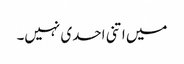
میں اتنی احدی نہیں۔